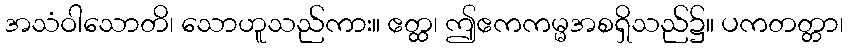
အသံဝါသောတိ၊ သောဟူသည်ကား။ ဧတ္ထ၊ ဤဧကကမ္မအစရှိသည်၌။ ပကတတ္တာ၊